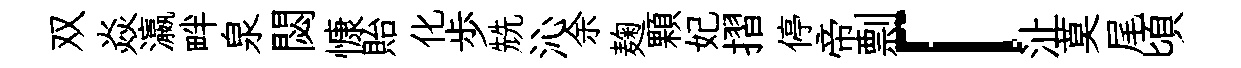
双焱瀛畔泉閟慷貽化歩兟沁余麹顆妃摺停帝剽「沚莫尾頃